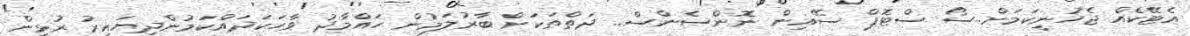
އެޓޭކެއް ޖެހުނީކަމަށް..ސޯ ސްޓޮޕް ސޭއިން ނޮންސެންސް.. ދަތްތަކަށް ބާރުލަމުން ހައްމާދު ވާހަކަދައްކަމުންދިޔައިރު ރުޅިން